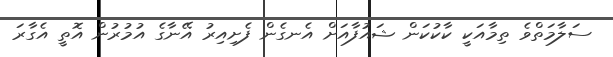
ސަލާމަތްވެ ތިމާއަކީ ކާކުކަން ޝައުފާއަށް އެނގެން ފެށިއިރު އޭނާގެ އުމުރުން އޮތީ އެގާރަ